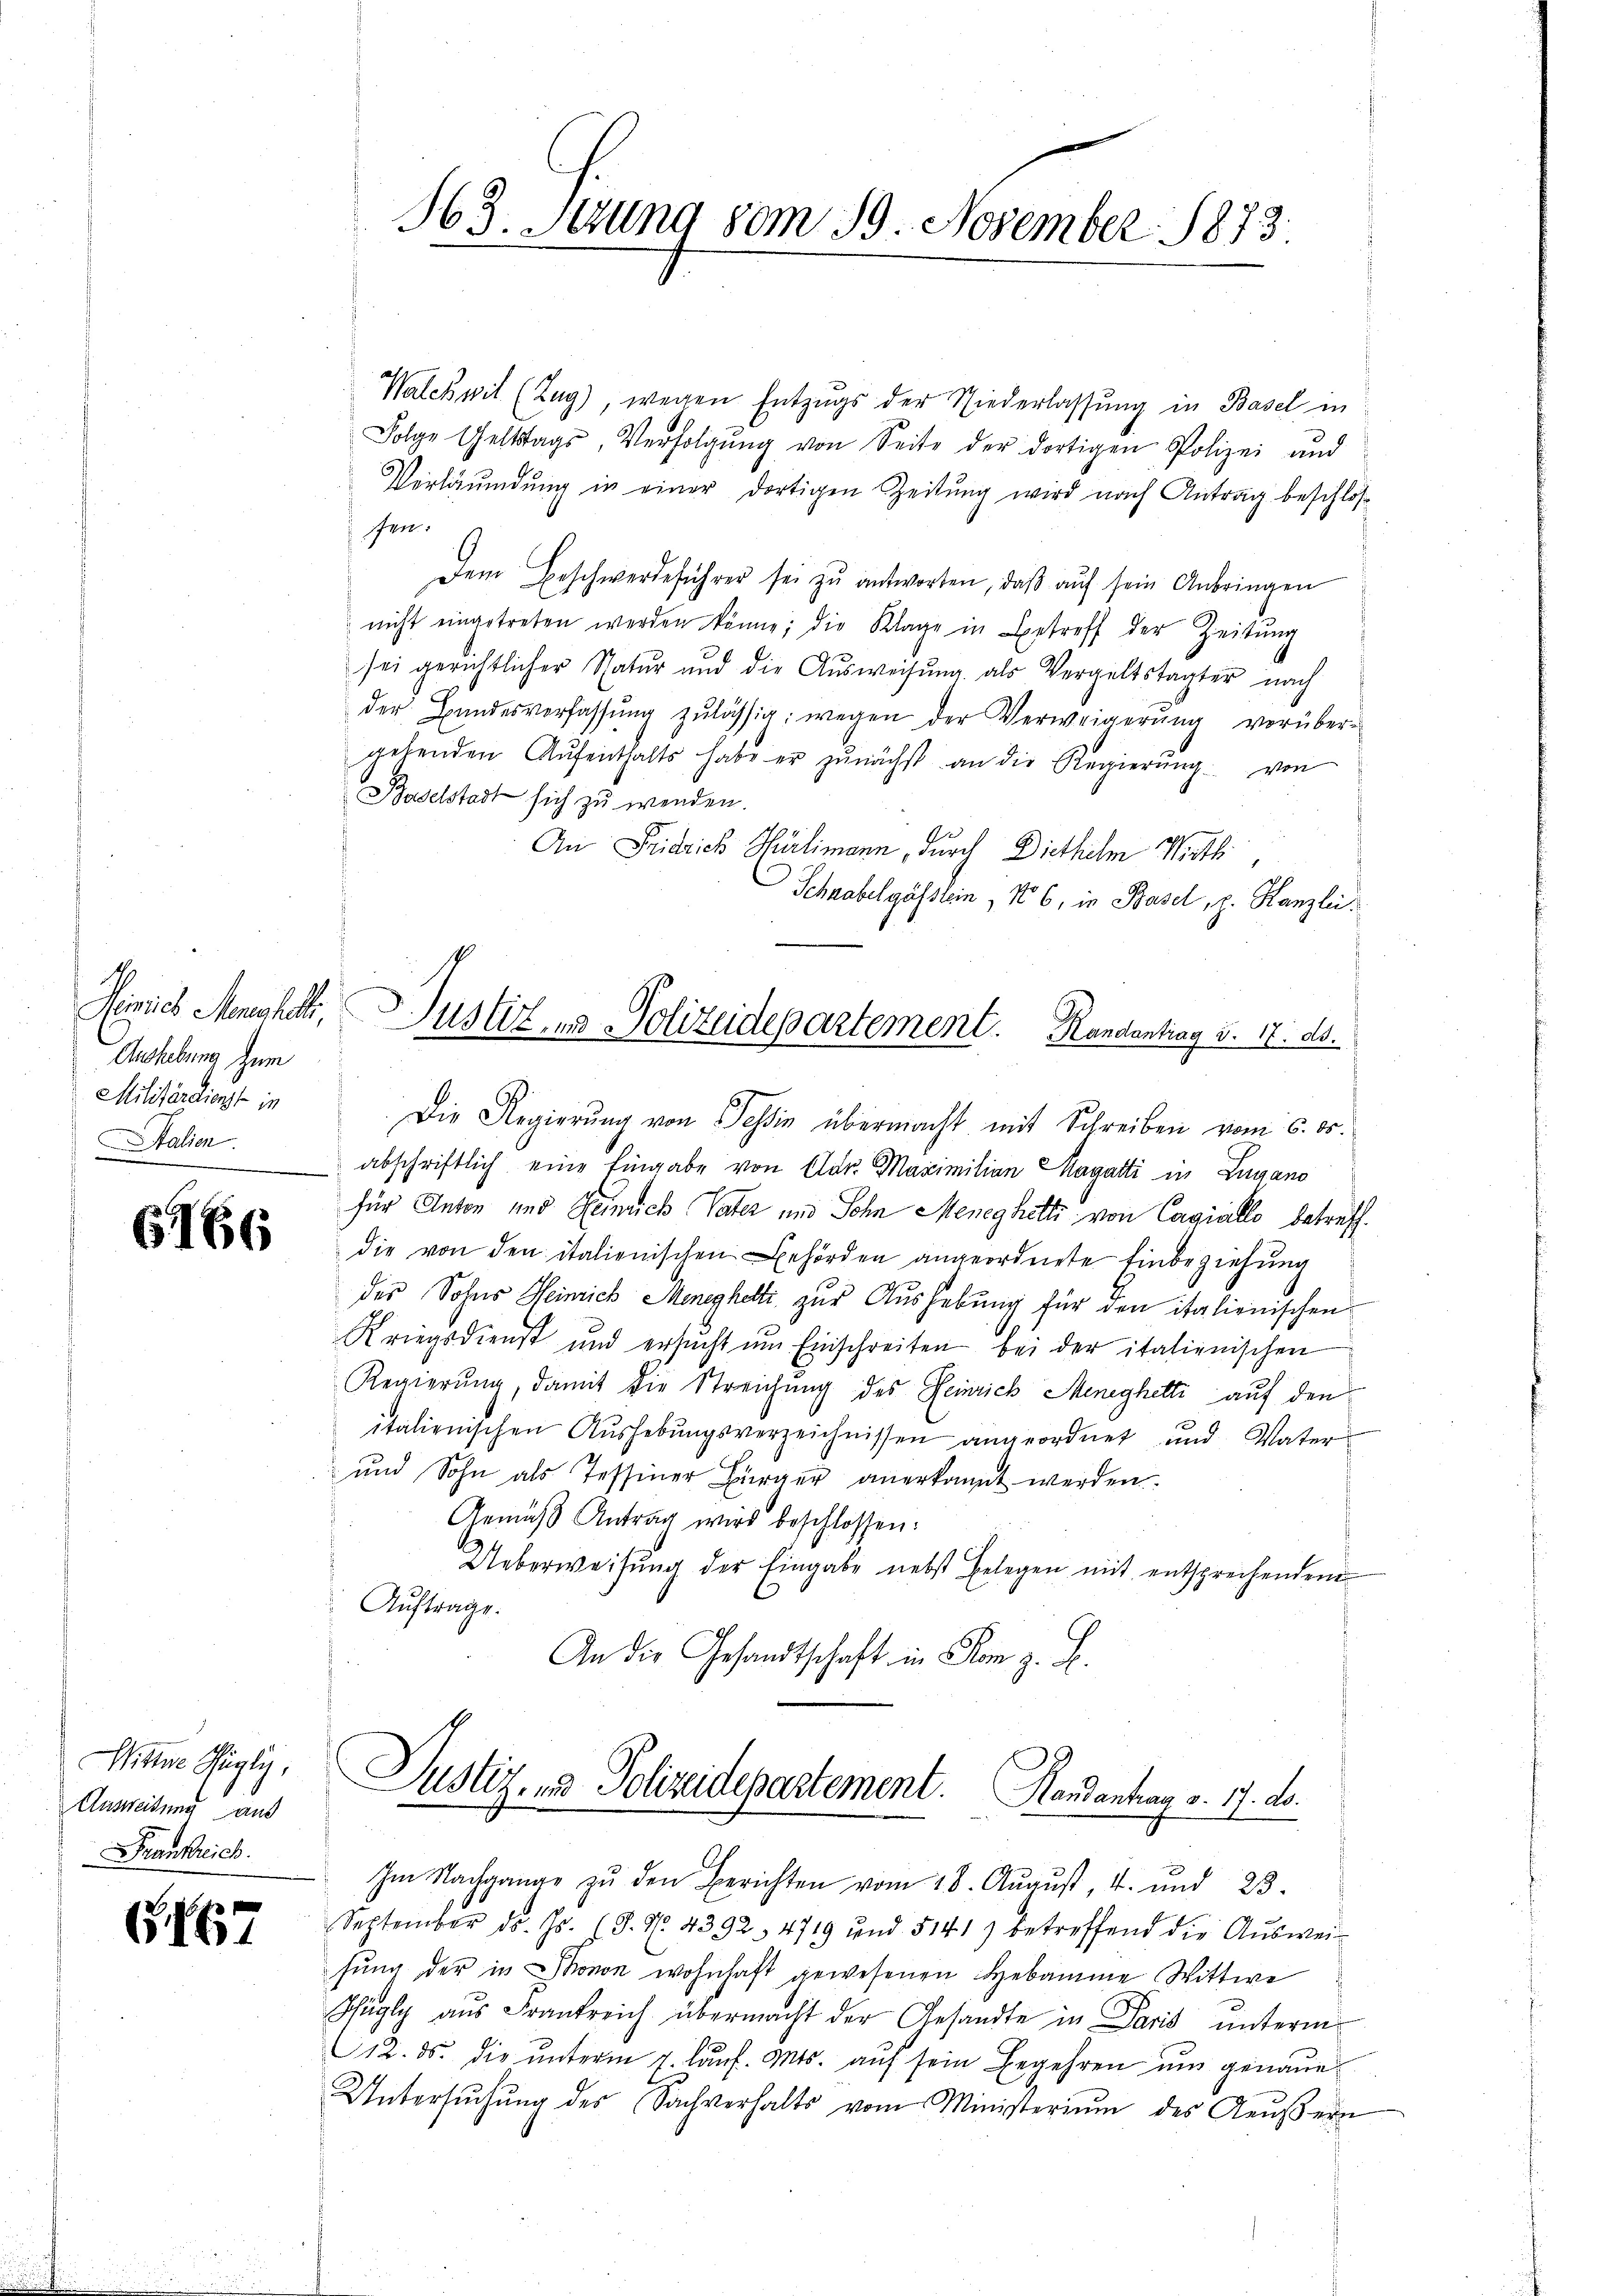
Aushebung zum
Militärdienst in
Italien.

6166

Wittwe Pügly,
Ausweisung aus
Frankreich

G167

Walchwil (Tag), wegen Entzŭgs der Niederlassŭng in Basel in
Folge Geltstags, Verfolgŭng von Seite der dortigen Polizei und
Verläumdung in einer dortigen Zeitung wird nach Antrag beschlos
Ien.
Dem Beschwerdeführer sei zŭ antworten, daβ aŭf sein Anbringen
nicht eingetreten werden könne; die Klage in Betreff der Zeitung
sei gerichtlicher Natŭr und die Aŭsweisŭng als Vergeltstagter nach
der Bundesverfassŭng zulässig, wegen der Verweigerŭng vorüber-
gehenden Aŭfenthalts habe er zŭnächst an die Regierŭng von
Baselstadt sich zu werden.
An Fridrich Hürlimann, durch Diethelm Wirth,
Schnabelgässlein, 16, in Basel, z. Kanzlei.
Die Regierung von Tessin übermacht mit Schreiben vom 6. ds.
abschriftlich eine Eingabe von Clar. Maximilian Magatti in Lugano
für Anton und Heinrich Vater und Sohn Meneghetti von Cagiallo betreff
die von den italienischen Behörden angeordnete Einbeziehung
des Sohns Heinrich Meneghetti zur Aushebung für den italienischen
Kriegsdienst und ersucht um Einschreiten bei der italienischen
Regierung, damit die Streichung des Heinrich Meneghetti auf den
italienischen Aushebungsverzeichnissen angeordnet und Vater
und Sohn als Tessiner Bürger anerkannt werden.
Gemäβ Antrag wird beschlossen:
Ueberweisŭng der Eingabe nebst belegen mit entsprechendem
Auftrage.
An die Gesandtschaft in Rom z. B.

563. Setzung 80m 19. November 1873.

Heinrich Meuchet, Justiz u. Polizeidepartement. Randentrag d. 17. ds.

Justiz- & Polizeidepartement. Handantan v. 17. ds.
Im Nachgange zŭ den Berichten vom 18. August, 4. und 23.

September d. Js. (S. 96. 4392. 4719 und 5141) betreffend die Aŭswei-
sŭng der in Monon wohnhaft gewesenen Hebamme Wittwe
Pfügli aus Frankreich übermacht der Gesandte in Paris unterm
12. ds. die ŭnterm 1 laŭf. Mts. aŭf sein Begehren um genaue
Untersŭchŭng des Sachverhalts vom Ministerium des Aeŭβern